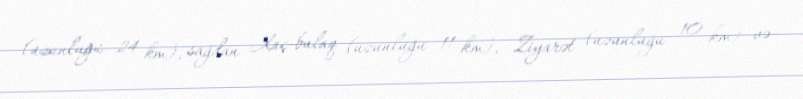
(uzunluğu 24 km), sağdan Xaç-bulaq (uzunluğu 11 km), Ziyarət (uzunluğu 10 km) və